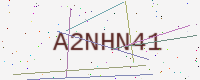
Text: A2NHN41